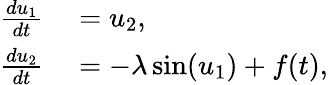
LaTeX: \begin{array}{rl}{\frac{du_{1}}{dt}}&{{}=u_{2},}\\ {\frac{du_{2}}{dt}}&{{}=-\lambda\sin(u_{1})+f(t),}\end{array}